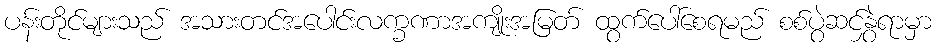
ပန်းတိုင်များသည် အသားတင်အပေါင်းလက္ခဏာအကျိုးအမြတ် ထွက်ပေါ်စေရမည် စစ်ပွဲဆင်နွှဲရာမှာ